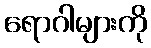
ရောဂါများကို